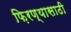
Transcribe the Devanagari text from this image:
फ़िरण्यासाठी